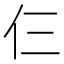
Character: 仨